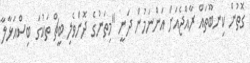
ގޮތުން ކިނބޫތައް ރާއްޖެއަށް އަަންނަމުން ދަނީ "މިތަނުގެ ދޮންވެލި ބީޗް ތަކުގަ ބިސްއަޅާލާ